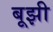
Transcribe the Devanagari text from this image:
बूझी